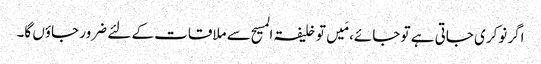
اگر نوکری جاتی ہے تو جائے، مَیں تو خلیفۃ المسیح سے ملاقات کے لئے ضرور جاؤں گا۔